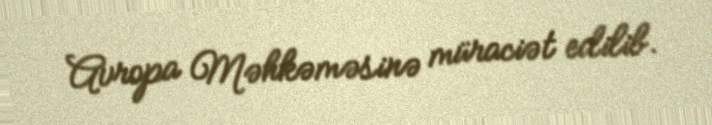
Avropa Məhkəməsinə müraciət edilib.